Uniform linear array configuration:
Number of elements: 48
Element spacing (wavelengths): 0.5
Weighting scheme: cosine
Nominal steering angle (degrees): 60
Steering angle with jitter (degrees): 58.503
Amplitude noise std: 0.05
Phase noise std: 0.05

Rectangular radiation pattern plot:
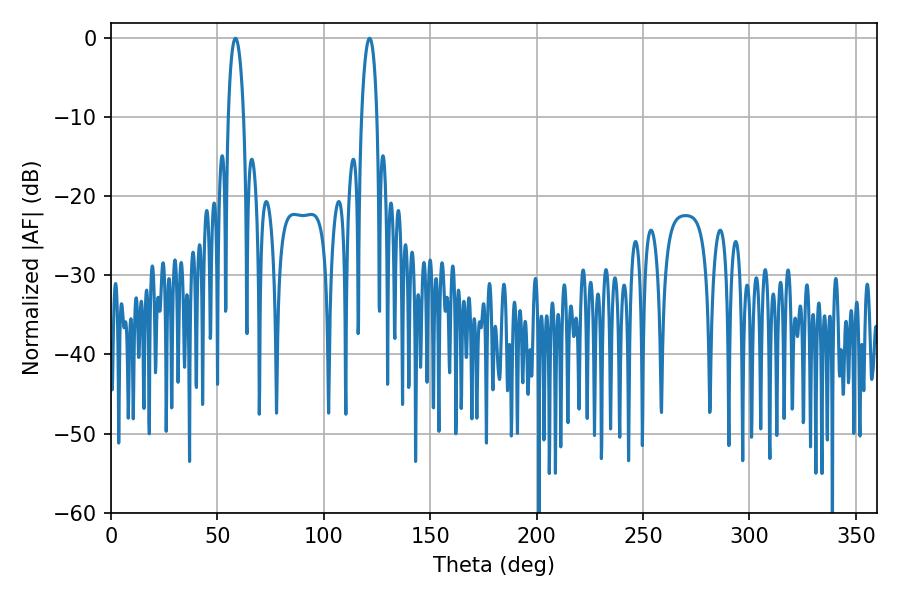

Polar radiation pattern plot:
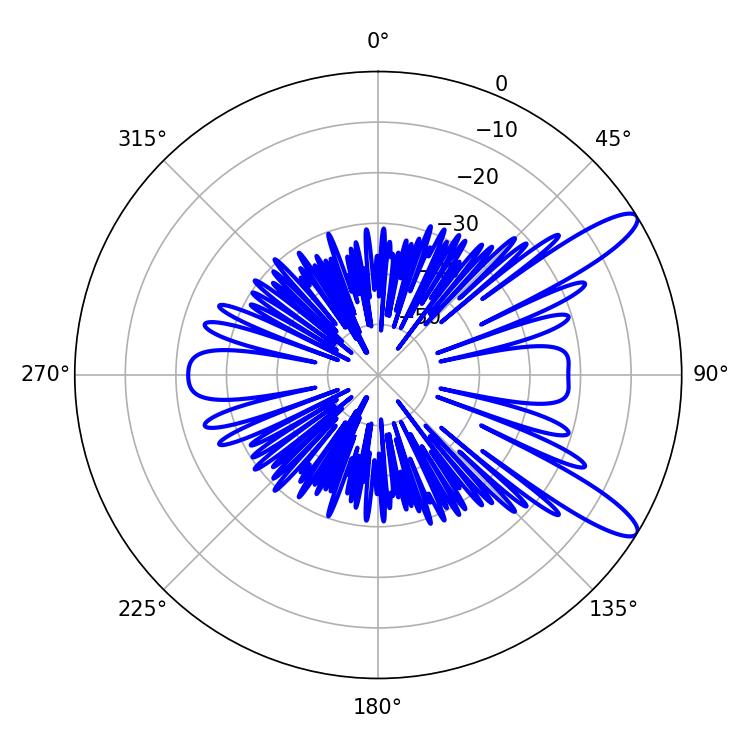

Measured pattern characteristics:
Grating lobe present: FALSE
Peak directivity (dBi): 11.687
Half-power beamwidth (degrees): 4.14
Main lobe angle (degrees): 58.5